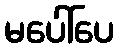
မပေါ်ပေ